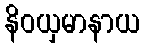
နိဝယှမာနာယ